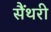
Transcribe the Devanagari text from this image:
सैंथरी